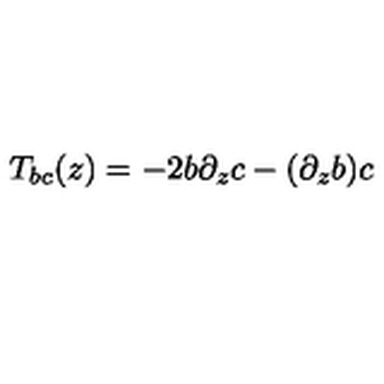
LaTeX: T _ { b c } ( z ) = - 2 b \partial _ { z } c - ( \partial _ { z } b ) c